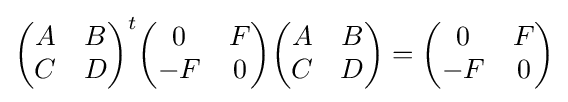
{\begin{pmatrix}A&B\\C&D\end{pmatrix}}^{t}{\begin{pmatrix}0&F\\-F&0\end{pmatrix}}{\begin{pmatrix}A&B\\C&D\end{pmatrix}}={\begin{pmatrix}0&F\\-F&0\end{pmatrix}}